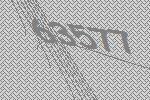
63577